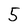
Character: 5